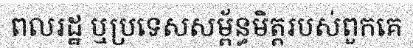
ពលរដ្ឋ ឬប្រទេសសម្ព័ន្ធមិត្តរបស់ពួកគេ